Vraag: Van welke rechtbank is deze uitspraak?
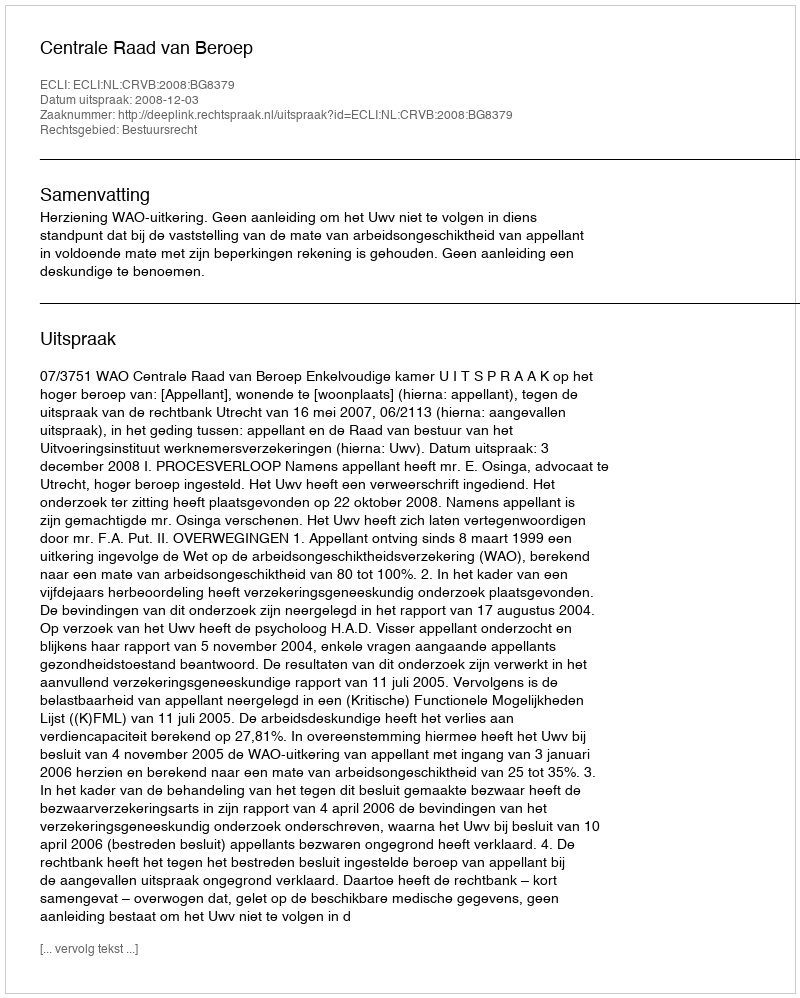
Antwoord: Centrale Raad van Beroep